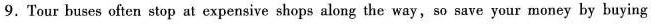
9. Tour buses often stop at expensive shops along the way, so save your money by buying